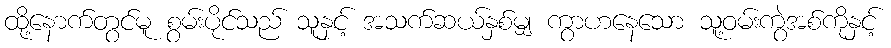
ထို့နောက်တွင်မူ စွမ်းပိုင်သည် သူနှင့် အသက်ဆယ်နှစ်မျှ ကွာဟနေသော သူ့ဝမ်းကွဲအစ်ကိုနှင့်